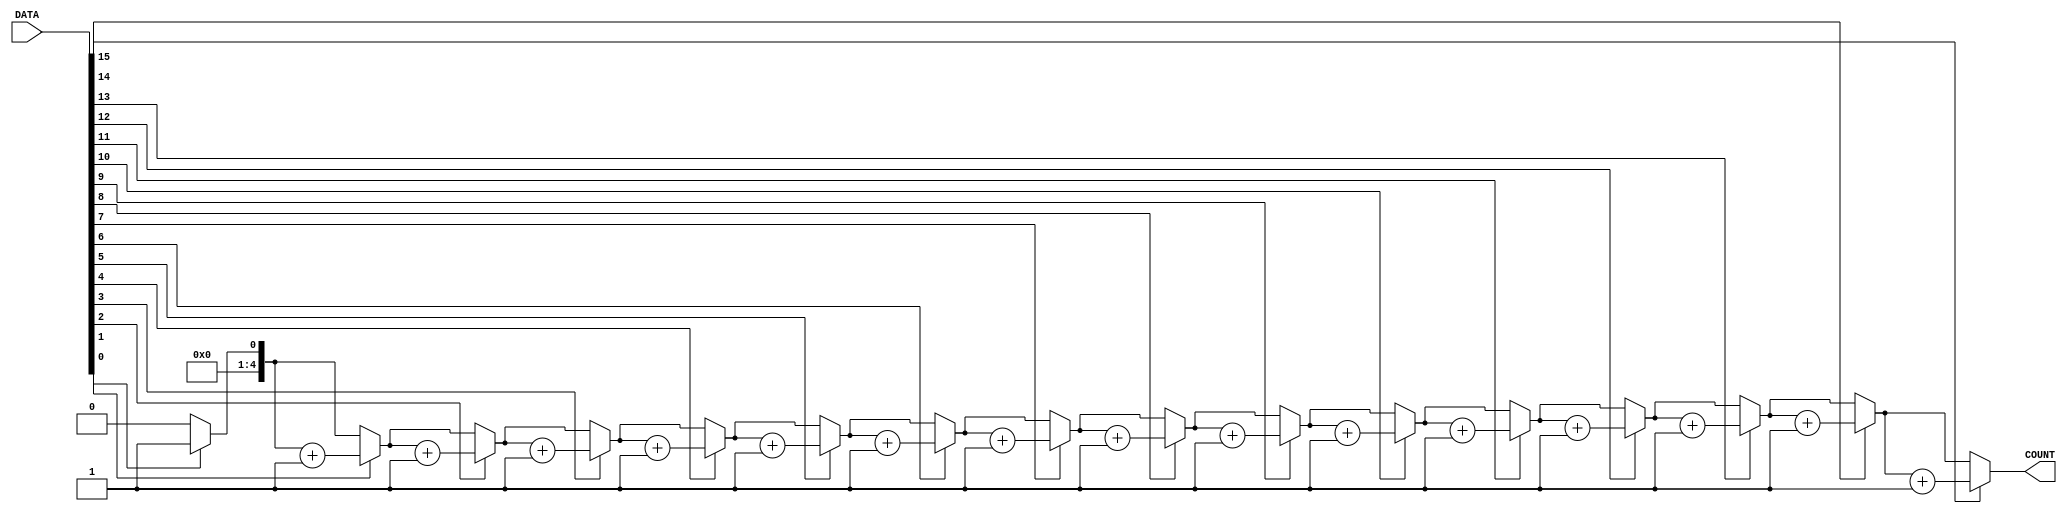
	module onecount (COUNT, DATA);
  		input [15:0] DATA;
  		output [4:0] COUNT;

  		reg [4:0] COUNT;
		integer i;
		always @(DATA) begin
			{COUNT} = 0;
			for (i=0; i<=15; i=i+1)
				if (DATA[i] == 1'b1) {COUNT} = {COUNT} + 1;
		end
	endmodule
//************************************************************************
//End of Sample Solution
//************************************************************************
	module bus_multiplexer_tb;
		reg [15:0] DATA;
		wire [4:0] COUNT;

		
		parameter STDIN = 32'h8000_0000;
		integer testid;
		integer ret;

		onecount  oc (COUNT, DATA);
 
		initial begin
			ret = $fscanf(STDIN,"%d",testid);
			case(testid)

				0:    	begin
						DATA = 16'b0101010101010101;
					end
   				1:    	begin
						DATA = 16'b1111111111111111;
        				end
   				2:    	begin
						DATA = 16'b0000000000000111;
					end
   				3:	begin
						DATA = 16'b0000011111100000;
					end
   				4:	begin
						DATA = 16'b1111111111100000;
					end
   				5:	begin
						DATA = 16'b1111000000111100;
					end
   				6:	begin
						DATA = 16'b1100000000001111;
					end
   				7:	begin
						DATA = 16'b0000000000000000;
					end

    				default:	begin
        							$display("Bad testcase id %d",testid);
        							$finish();
        					end
			endcase
			#10;
			if ( (testid == 0 && {COUNT} == 8) || (testid == 1 && {COUNT} == 16) || (testid == 2 && {COUNT} == 3) || (testid == 3 && {COUNT} == 6) || (testid == 4 && {COUNT} == 11) || (testid == 5 && {COUNT} == 8) || (testid == 6 && {COUNT} == 6) || (testid == 7 && {COUNT} == 0) )
        			pass();
			else
 				fail();
			
		end


 		task fail; 	begin
    					$display("Fail: for DATA = %b, COUNT = %2d is WRONG", DATA, COUNT);
  				end
  		endtask

  		task pass; 	begin
    					$display("Pass: for DATA = %b, COUNT = %2d", DATA, COUNT);
	    				
  				end
  		endtask

	endmodule